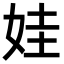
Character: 娃